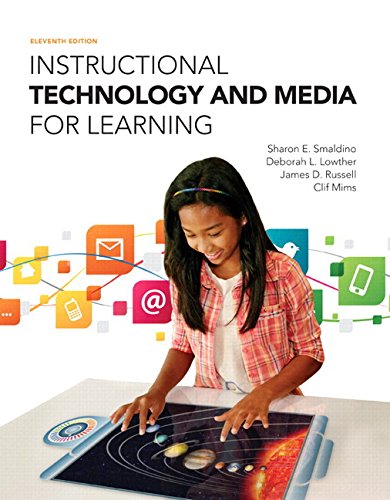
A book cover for Instructional Technology and Media for Learning, Enhanced Pearson eText -- Access Card (11th Edition); Sharon E. Smaldino; Education & Teaching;